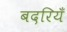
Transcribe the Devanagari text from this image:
बदरियँ